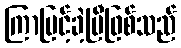
ကြာမြင့်ခဲ့ပြီဖြစ်သည်